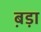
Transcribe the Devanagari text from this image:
ब़ड़ा